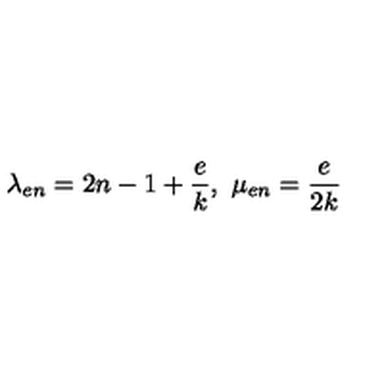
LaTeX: \lambda _ { e n } = 2 n - 1 + \frac { e } { k } , \ \mu _ { e n } = \frac { e } { 2 k }